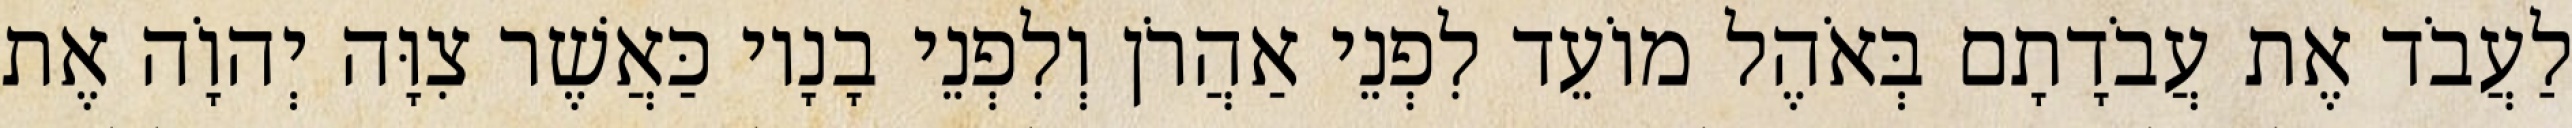
לַעֲבֹד אֶת עֲבֹדָתָם בְּאֹהֶל מוֹעֵד לִפְנֵי אַהֲרֹן וְלִפְנֵי בָנָיו כַּאֲשֶׁר צִוָּה יְהוָֹה אֶת